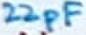
Text: 22pF